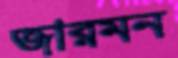
জারমন